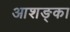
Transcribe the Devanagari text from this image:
आशङ्का